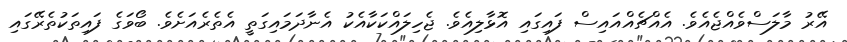
އޭރު މާލަސްވެއްޖެއެވެ. އެއްޗެއްއައިސް ފައިގައި އޮޅާލިއެވެ. ޖެހިލައްކަކާއެކު އެނާދަމައިގަތީ އެތެރެއަށެވެ. ބޯވަގެ ފައިތަކުތެރޭގައި